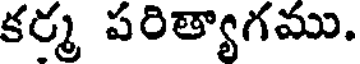
కర్మ పరిత్యాగము.